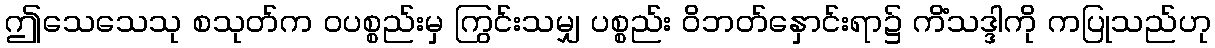
ဤသေသေသု စသုတ်က ဝပစ္စည်းမှ ကြွင်းသမျှ ပစ္စည်း ဝိဘတ်နှောင်းရာ၌ ကိံသဒ္ဒါကို ကပြုသည်ဟု